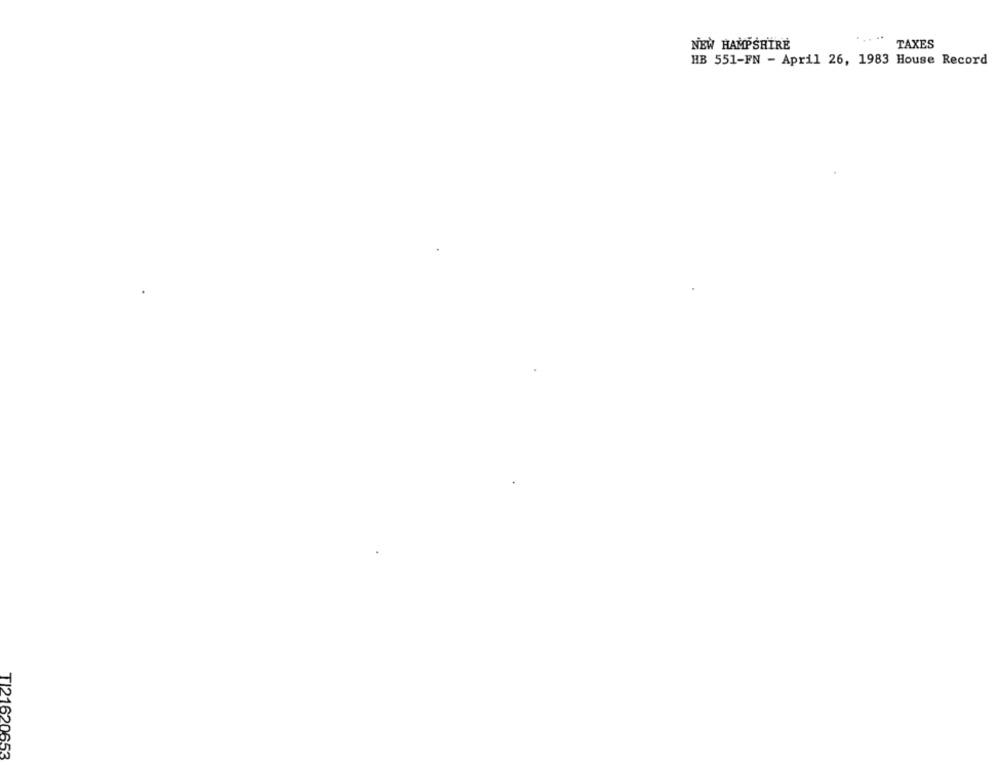
NEW HAMPSHIRE
TAXES
HB 551-FN - April 26, 1983 House Record
TI21620653